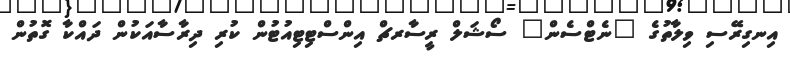
އިނގިރޭސި ވިލާތުގެ "ނެޓްސެން" ސޯޝަލް ރީސާރޗް އިންސްޓިޓިއުޓުން ކުރި ދިރާސާއަކުން ދައްކާ ގޮތުން